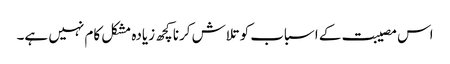
اس مصیبت کے اسباب کو تلاش کرنا کچھ زیادہ مشکل کام نہیں ہے۔